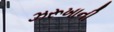
ઝરૂખાની